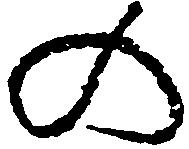
の